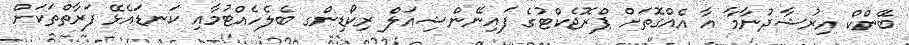
ބޭންކް އިރުޝާދުނާމާ އާ އެއްގޮތަށް ޕްރޮޖެކްޓުގެ ފައިނޭންޝިއަލް ރިކޯޑިންގ ބެލެހެއްޓުމާއި ކަނޑައެޅޭ ފަރާތްތަކަށް